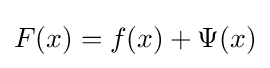
F(x)=f(x)+\Psi (x)